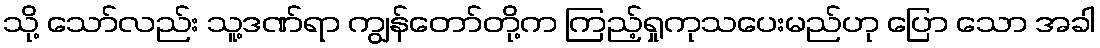
သို့ သော်လည်း သူ့ဒဏ်ရာ ကျွန်တော်တို့က ကြည့်ရှုကုသပေးမည်ဟု ပြော သော အခါ